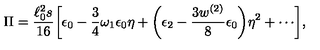
\Pi = \frac { \ell _ { 0 } ^ { 2 } s } { 1 6 } \biggl [ \epsilon _ { 0 } - \frac { 3 } { 4 } \omega _ { 1 } \epsilon _ { 0 } \eta + \biggl ( \epsilon _ { 2 } - \frac { 3 w ^ { ( 2 ) } } { 8 } \epsilon _ { 0 } \biggl ) \eta ^ { 2 } + \cdots \biggr ] ,